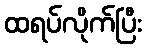
ထရပ်လိုက်ပြီး